Reports on military cantonments and civil stations in the Presidency of Bombay inspected by the Sanitary Commissioner in the years 1875 and 1876
Year: 1875
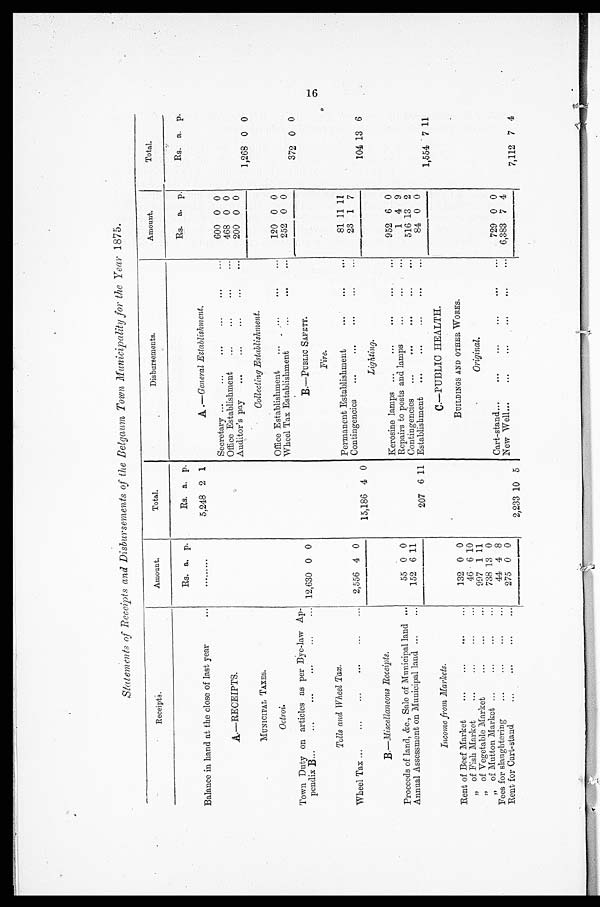
Statements of Receipts and Disbursements of the Belgaum Town Municipality for the Year 1875.
Receipts.
Amount.
Total.
Disbursements.
Amount.
Total.
Rs. a. p.
Rs. a. p.
Rs. a. p.
R s . a. p
Balance in hand at the close of last year
...
. . . . . . .
5,248 2 1
A .— General Establishment.
Secretary ...
...
...
...
600 0 0
A.—RECEIPTS.
Office Establishment ... ...
468 0 0
Auditor's pay
...
..
.
200 0 0
1,268 0 0
MUNICIPAL TAXES.
Collecting Establishment.
Octroi.
Office Establishment ...
...
120 0 0
Wheel Tax Establishment ...
...
252 0 0
Town Duty on articles as per Bye-law Ap-
pendix B...
...
...
...
... 12,630 0 0
B.—PUBLIC SAFETY.
372 0 0
Fire.
Tolls and Wheel Tax.
Permanent Establishment
...
...
...
81 11 11
Wheel Tax ... ...
2,556 4 0
Contingencies ...
...
...
...
...
23 1 7
15,186 4 0
104 13 6
Lighting.
B.—Miscellancous Receipts.
Kerosine lamps ...
...
...
...
...
952 6 0
Proceeds of land, &c., Sale of Municipal land ...
55 0 0
Repairs to posts and lamps
...
...
...
1 4 9
Annual Assessment on Municipal land ...
152 6 11
Contingencies ...
...
...
...
...
516 13 2
207 6 11 Establishment ...
...
...
84 0 0
Income from Markets.
C.—PUBLIC HEALTH.
1,554 7 11
Rent of Beef Market
...
...
...
...
132 0 0
BUILDINGS AND OTHER WORKS.
„ of Fish Market
...
...
...
...
46 6 10
„ of Vegetable Market
...
...
997 1 11
Original.
,, of Mutton Market ...
...
...
...
738 13 0
Fees for slaughtering
...
...
...
44 4 8
Cart-stand...
...
...
..
.
729 0 0
Rent for Cart-stand
...
...
...
275 0 0
2,233 10 5
New Well...
...
...
...
...
...
6,383 7 4
7,112 7 4
16